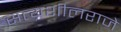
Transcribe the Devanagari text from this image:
सत्यशीलराजे